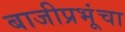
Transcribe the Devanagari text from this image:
बाजीप्रभूंचा